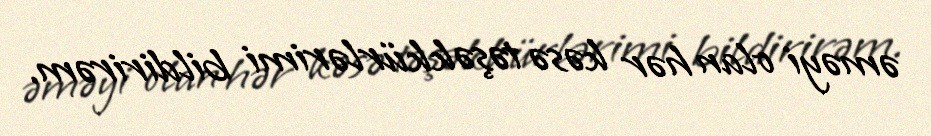
əməyi olan hər kəsə təşəkkürlərimi bildirirəm.